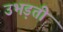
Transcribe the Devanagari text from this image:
उभड़ती